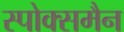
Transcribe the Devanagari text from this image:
स्पोक्समैन